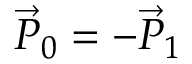
\vec { P } _ { 0 } = - \vec { P } _ { 1 }